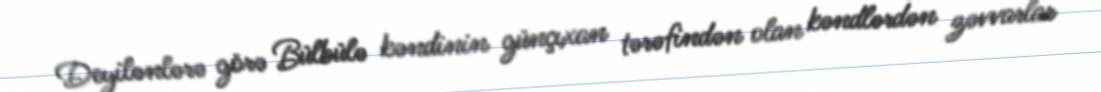
Deyilənlərə görə Bülbülə kəndinin günçıxan tərəfindən olan kəndlərdən zəvvarlar